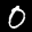
Label: 0